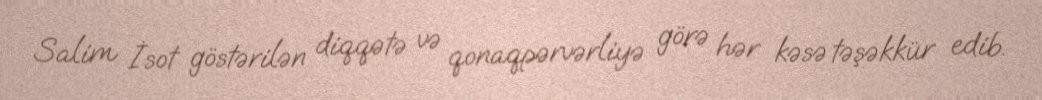
Salim İsot göstərilən diqqətə və qonaqpərvərliyə görə hər kəsə təşəkkür edib.